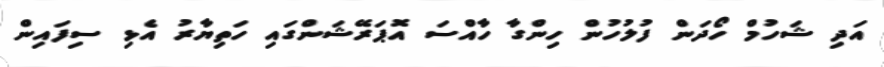
އަދި ޝަހުމް ހޯދަން ފުލުހުން ހިންގާ ހާއްސަ އޮޕަރޭޝަންގައި ހަތިޔާރު އެޅި ސިފައިން